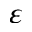
\varepsilon